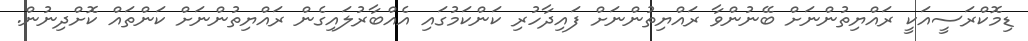
ޑިމޮކްރަސީއަކީ ރައްޔިތުންނަށް ބޭނުންވާ ރައްޔިތުންނަށް ފައިދާހުރި ކަންކަމުގައި އެއްބާރުލައިގެން ރައްޔިތުންނަށް ކަންތައް ކޮށްދިނުން.